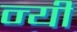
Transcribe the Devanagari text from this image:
न्यी